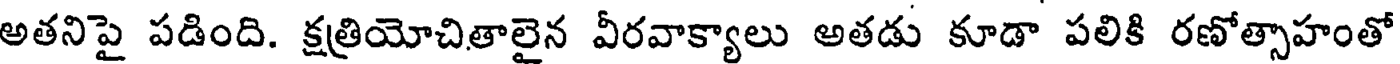
అతనిపై పడింది. క్షత్రియోచితాలైన వీరవాక్యాలు అతడు కూడా పలికి రణోత్సాహంతో